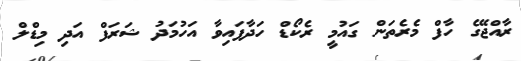
ރާއްޖޭގެ ހާފް މެރެތަން ގައުމީ ރެކޯޑް ހަދާފައިވާ އަހުމަދު ޝަރަފް އަދި މިޑްލް